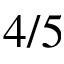
4 / 5